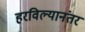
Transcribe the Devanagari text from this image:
हरविल्यानंतर